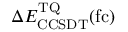
\Delta E _ { \mathrm { C C S D T } } ^ { \mathrm { T Q } } ( \mathrm { f c } )